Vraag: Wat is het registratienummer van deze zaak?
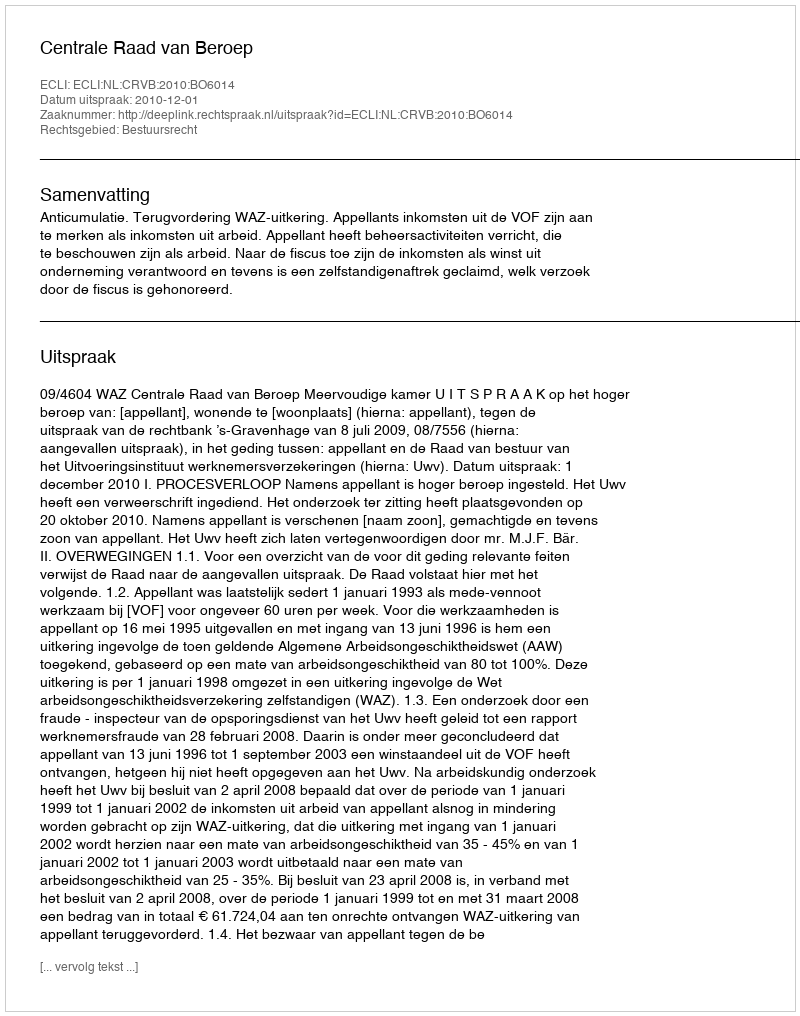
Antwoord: http://deeplink.rechtspraak.nl/uitspraak?id=ECLI:NL:CRVB:2010:BO6014